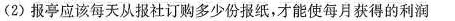
(2)报亭应该每天从报社订购多少份报纸，才能使每月获得的利润